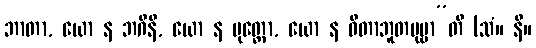
ဘာတာ, ယော န ဘဂိနီ, ယော န ပုတ္တော, ယော န ဓီတာဘူတပုဗ္ဗာ”တိ (သံ။ နိ။